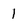
Character: l